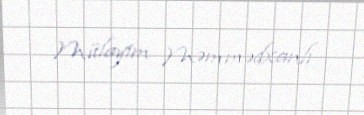
Mülayim Məmmədxanlı